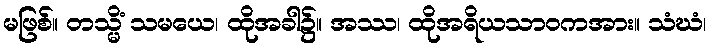
မဖြစ်။ တသ္မိံ သမယေ၊ ထိုအခါ၌။ အဿ၊ ထိုအရိယသာဝကအား။ သံဃံ၊